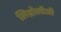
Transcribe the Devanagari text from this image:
लिम्नोलॉजी